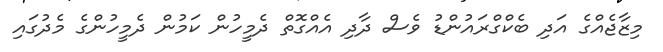
މިޒާޖެއްގެ އަދި ބެކްގްރައުންޑު ވެސް ދާދި އެއްގޮތް ދެމީހުން ކަމުން ދެމީހުންގެ މެދުގައި